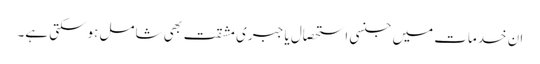
ان خدمات میں جنسی استحصال یا جبری مشقت بھی شامل ہوسکتی ہے۔